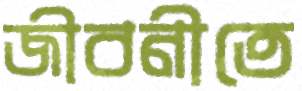
জীবনীতে